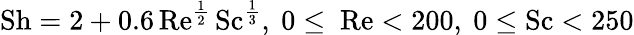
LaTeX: \mathrm{Sh}=2+0.6\, \mathrm{Re}^{\frac{1}{2}}\, \mathrm{Sc}^{\frac{1}{3}},~0\leq~\mathrm{Re}<200,~0\leq\mathrm{Sc}<250